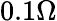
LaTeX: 0.1\Omega